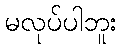
မလုပ်ပါဘူး